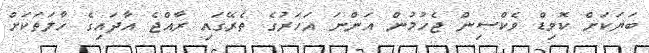
ބަޔަކަށް ކޮވިޑް ވެކްސިން ޖެހުމުން އަންނަ އަހަރުގެ ތެރޭގައި ރާއްޖެ އާދައިގެ ހާލަތަކަށް